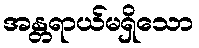
အန္တရာယ်မရှိသော